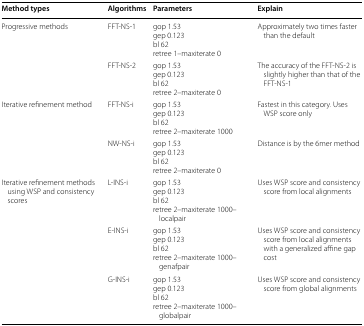
| Method types | Algorithms | Parameters | Explain |
 | --- | --- | --- | --- |
 | <ROWSPAN=2> Progressive methods | FFT-NS-1 | gop 1.53gep 0.123bl 62retree 1–maxiterate 0 | Approximately two times faster than the default |
 | FFT-NS-2 | gop 1.53gep 0.123bl 62retree 2–maxiterate 0 | The accuracy of the FFT-NS-2 is slightly higher than that of the FFT-NS-1 |
 | <ROWSPAN=2> Iterative refinement method | FFT-NS-i | gop 1.53gep 0.123bl 62retree 2–maxiterate 1000 | Fastest in this category. Uses WSP score only |
 | NW-NS-i | gop 1.53gep 0.123bl 62retree 2–maxiterate 0 | Distance is by the 6mer method |
 | <ROWSPAN=3> Iterative refinement methods using WSP and consistency scores | L-INS-i | gop 1.53gep 0.123bl 62retree 2–maxiterate 1000–localpair | Uses WSP score and consistency score from local alignments |
 | E-INS-i | gop 1.53gep 0.123bl 62retree 2–maxiterate 1000–genafpair | Uses WSP score and consistency score from local alignments with a generalized affine gap cost |
 | G-INS-i | gop 1.53gep 0.123bl 62retree 2–maxiterate 1000–globalpair | Uses WSP score and consistency score from global alignments |